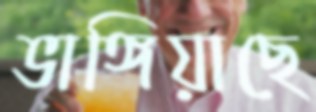
ভাঙ্গিয়াছে